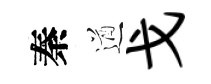
秦遒戈